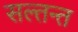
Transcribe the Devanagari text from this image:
सल्तन्त